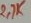
Text: 2,7K